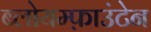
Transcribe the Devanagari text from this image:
ब्लोयम्फ़ाउंटेन